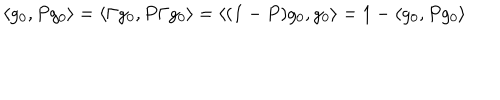
\langle g _ { 0 } , P g _ { 0 } \rangle = \langle \Gamma g _ { 0 } , P \Gamma g _ { 0 } \rangle = \langle ( { \bf 1 } - P ) g _ { 0 } , g _ { 0 } \rangle = 1 - \langle g _ { 0 } , P g _ { 0 } \rangle